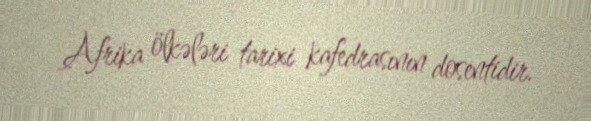
Afrika ölkələri tarixi kafedrasının dosentidir.